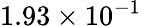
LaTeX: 1.93\times 10^{-1}